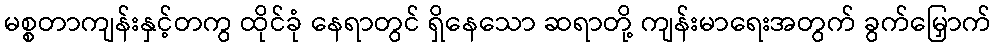
မစ္စတာကျန်းနှင့်တကွ ထိုင်ခုံ နေရာတွင် ရှိနေသော ဆရာတို့ ကျန်းမာရေးအတွက် ခွက်မြှောက်